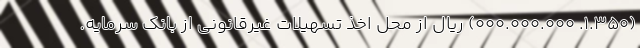
(۱.۳۵۰. ۰۰۰.۰۰۰.۰۰۰) ریال از محل اخذ تسهیلات غیرقانونی از بانک سرمایه.